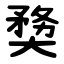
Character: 奦